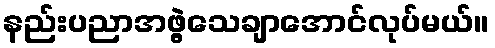
နည်းပညာအဖွဲ့သေချာအောင်လုပ်မယ်။